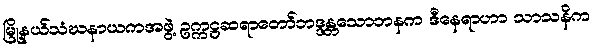
မြို့နယ်သံဃနာယကအဖွဲ့ ဥက္ကဋ္ဌဆရာတော်ဘဒ္ဒန္တသောဘနက ဒီနေရာဟာ သာသနိက